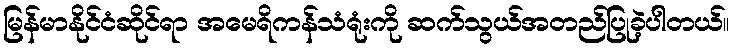
မြန်မာနိုင်ငံဆိုင်ရာ အမေရိကန်သံရုံးကို ဆက်သွယ်အတည်ပြုခဲ့ပါတယ်။